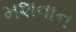
મશવાન